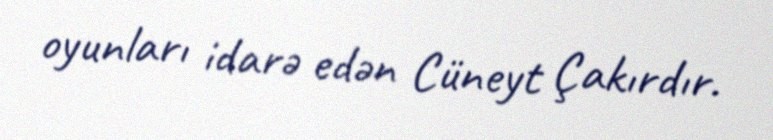
oyunları idarə edən Cüneyt Çakırdır.